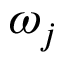
\omega _ { j }